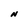
Character: N